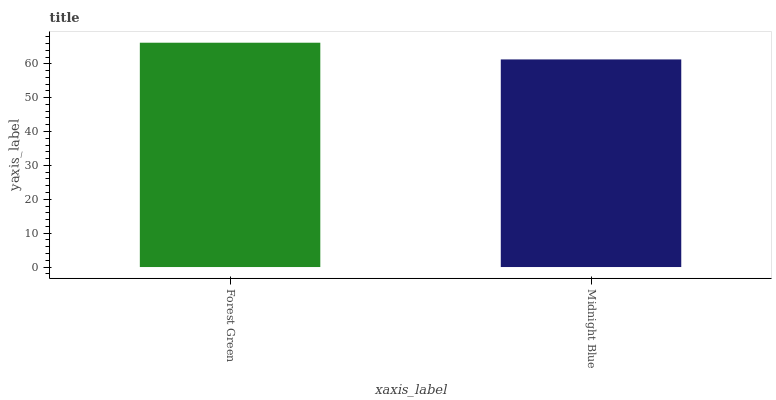
| xaxis_label | bars |
 | --- | --- |
 | Forest Green | 66.2 |
 | Midnight Blue | 61.3 |